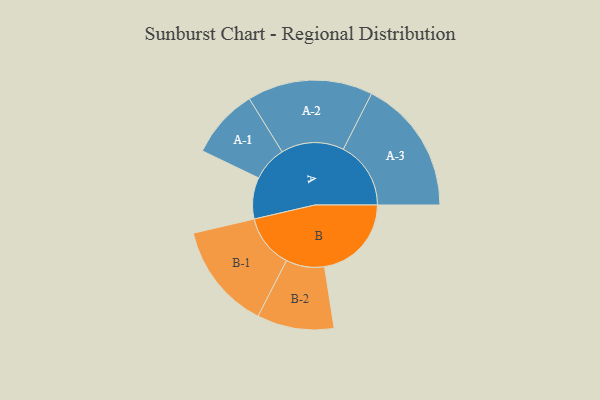
{"axis": {"x": "Segment", "y": "Value"}, "legend": ["", "A", "B"], "data": [{"x": "A", "y": 184, "type": ""}, {"x": "B", "y": 386, "type": ""}, {"x": "A-1", "y": 155, "type": "A"}, {"x": "A-2", "y": 279, "type": "A"}, {"x": "A-3", "y": 300, "type": "A"}, {"x": "B-1", "y": 237, "type": "B"}, {"x": "B-2", "y": 171, "type": "B"}]}